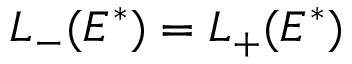
L _ { - } ( E ^ { * } ) = L _ { + } ( E ^ { * } )